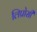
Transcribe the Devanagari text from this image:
लिप्रोसी